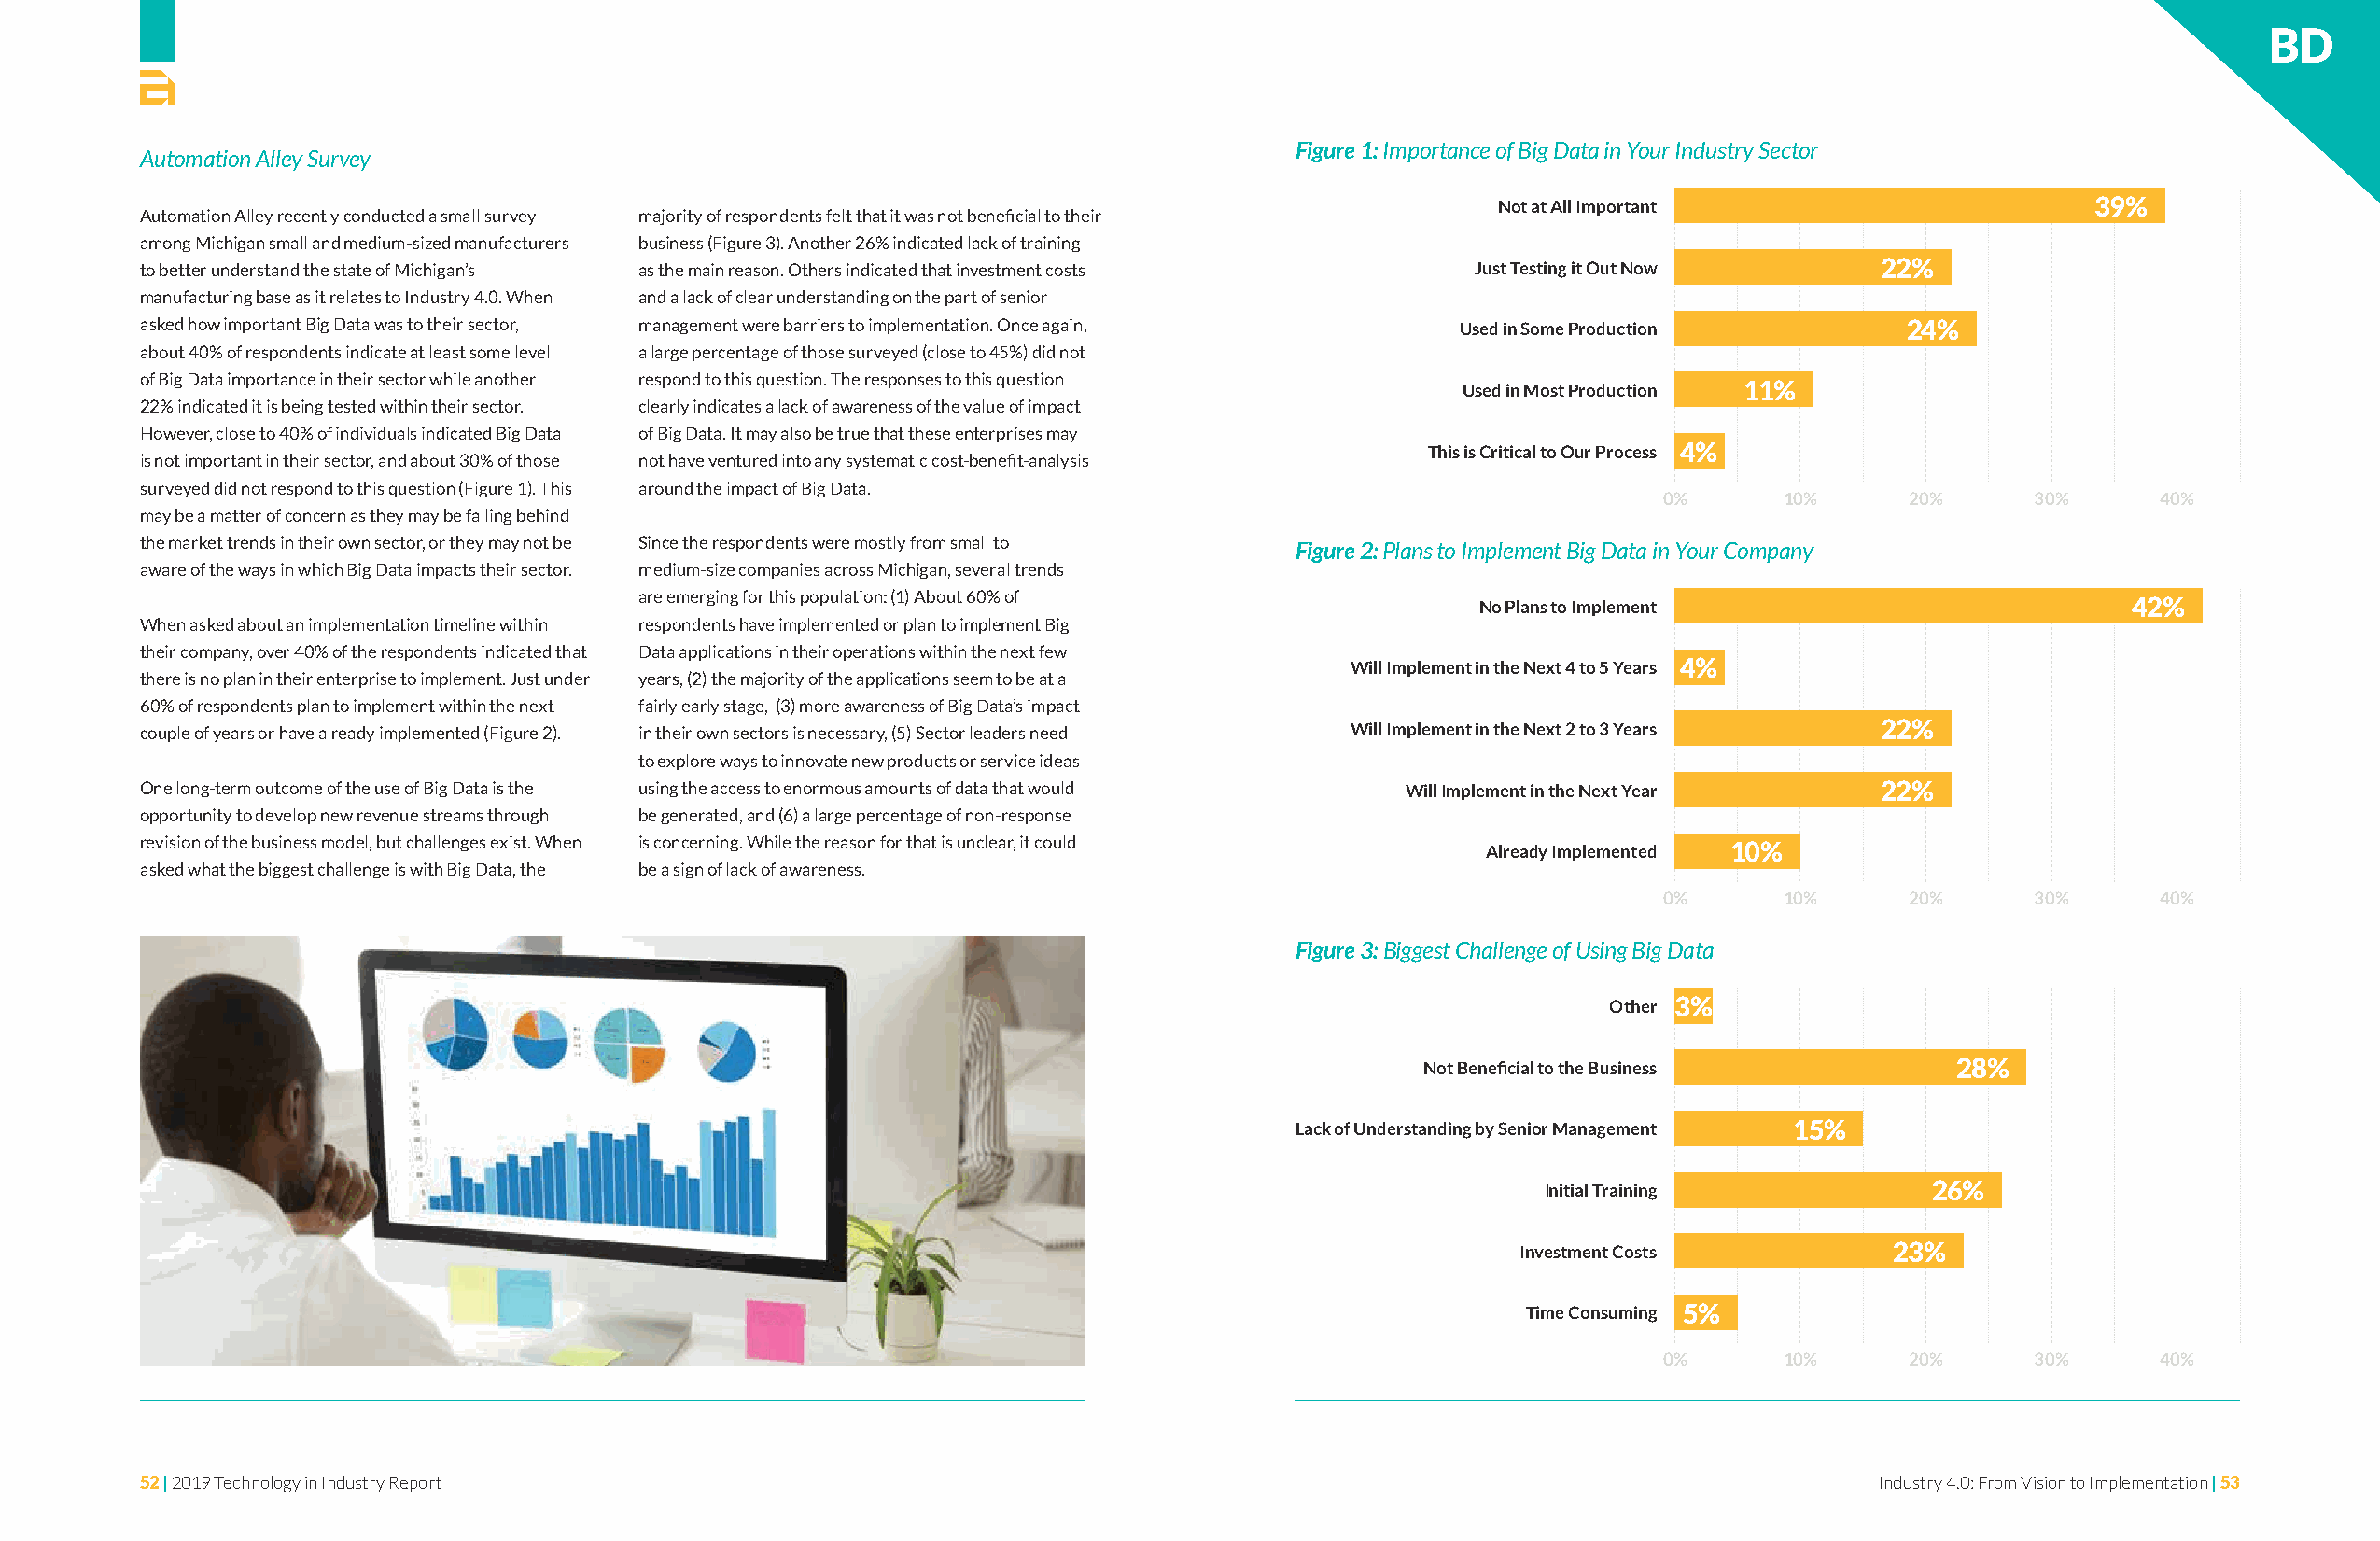
BD
 Figure 1: Importance of Big Data in Your Industry Sector
 Automation Alley Survey
 Not at All Important                       39%
 Automation Alley recently conducted a small survey majority of respondents felt that it was not beneficial to their
 among Michigan small and medium-sized manufacturers business (Figure 3). Another 26% indicated lack of training
 to better understand the state of Michigan’s as the main reason. Others indicated that investment costs Just Testing it Out Now 22%
 manufacturing base as it relates to Industry 4.0. When and a lack of clear understanding on the part of senior
 asked how important Big Data was to their sector, management were barriers to implementation. Once again, Used in Some Production 24%
 about 40% of respondents indicate at least some level a large percentage of those surveyed (close to 45%) did not
 of Big Data importance in their sector while another respond to this question. The responses to this question
 Used in Most Production 11%
 22% indicated it is being tested within their sector. clearly indicates a lack of awareness of the value of impact
 However, close to 40% of individuals indicated Big Data of Big Data. It may also be true that these enterprises may
 This is Critical to Our Process 4%
 is not important in their sector, and about 30% of those not have ventured into any systematic cost-benefit-analysis
 surveyed did not respond to this question (Figure 1). This around the impact of Big Data.
 0%      10%      20%      30%      40%
 may be a matter of concern as they may be falling behind
 the market trends in their own sector, or they may not be Since the respondents were mostly from small to
 Figure 2: Plans to Implement Big Data in Your Company
 aware of the ways in which Big Data impacts their sector. medium-size companies across Michigan, several trends
 are emerging for this population: (1) About 60% of          No Plans to Implement                         42%
 When asked about an implementation timeline within respondents have implemented or plan to implement Big
 their company, over 40% of the respondents indicated that Data applications in their operations within the next few
 Will Implement in the Next 4 to 5 Years 4%
 there is no plan in their enterprise to implement. Just under years, (2) the majority of the applications seem to be at a
 60% of respondents plan to implement within the next fairly early stage, (3) more awareness of Big Data’s impact
 couple of years or have already implemented (Figure 2). in their own sectors is necessary, (5) Sector leaders need Will Implement in the Next 2 to 3 Years 22%
 to explore ways to innovate new products or service ideas
 One long-term outcome of the use of Big Data is the using the access to enormous amounts of data that would Will Implement in the Next Year 22%
 opportunity to develop new revenue streams through be generated, and (6) a large percentage of non-response
 revision of the business model, but challenges exist. When is concerning. While the reason for that is unclear, it could Already Implemented 10%
 asked what the biggest challenge is with Big Data, the be a sign of lack of awareness.
 0%      10%      20%      30%      40%
 Figure 3: Biggest Challenge of Using Big Data
 Other 3%
 Not Beneficial to the Business        28%
 Lack of Understanding by Senior Management 15%
 Initial Training           26%
 Investment Costs          23%
 Time Consuming 5%
 0%      10%      20%      30%      40%
 52 | 2019 Technology in Industry Report                                                                                    Industry 4.0: From Vision to Implementation | 53